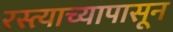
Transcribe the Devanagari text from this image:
रस्त्याच्यापासून